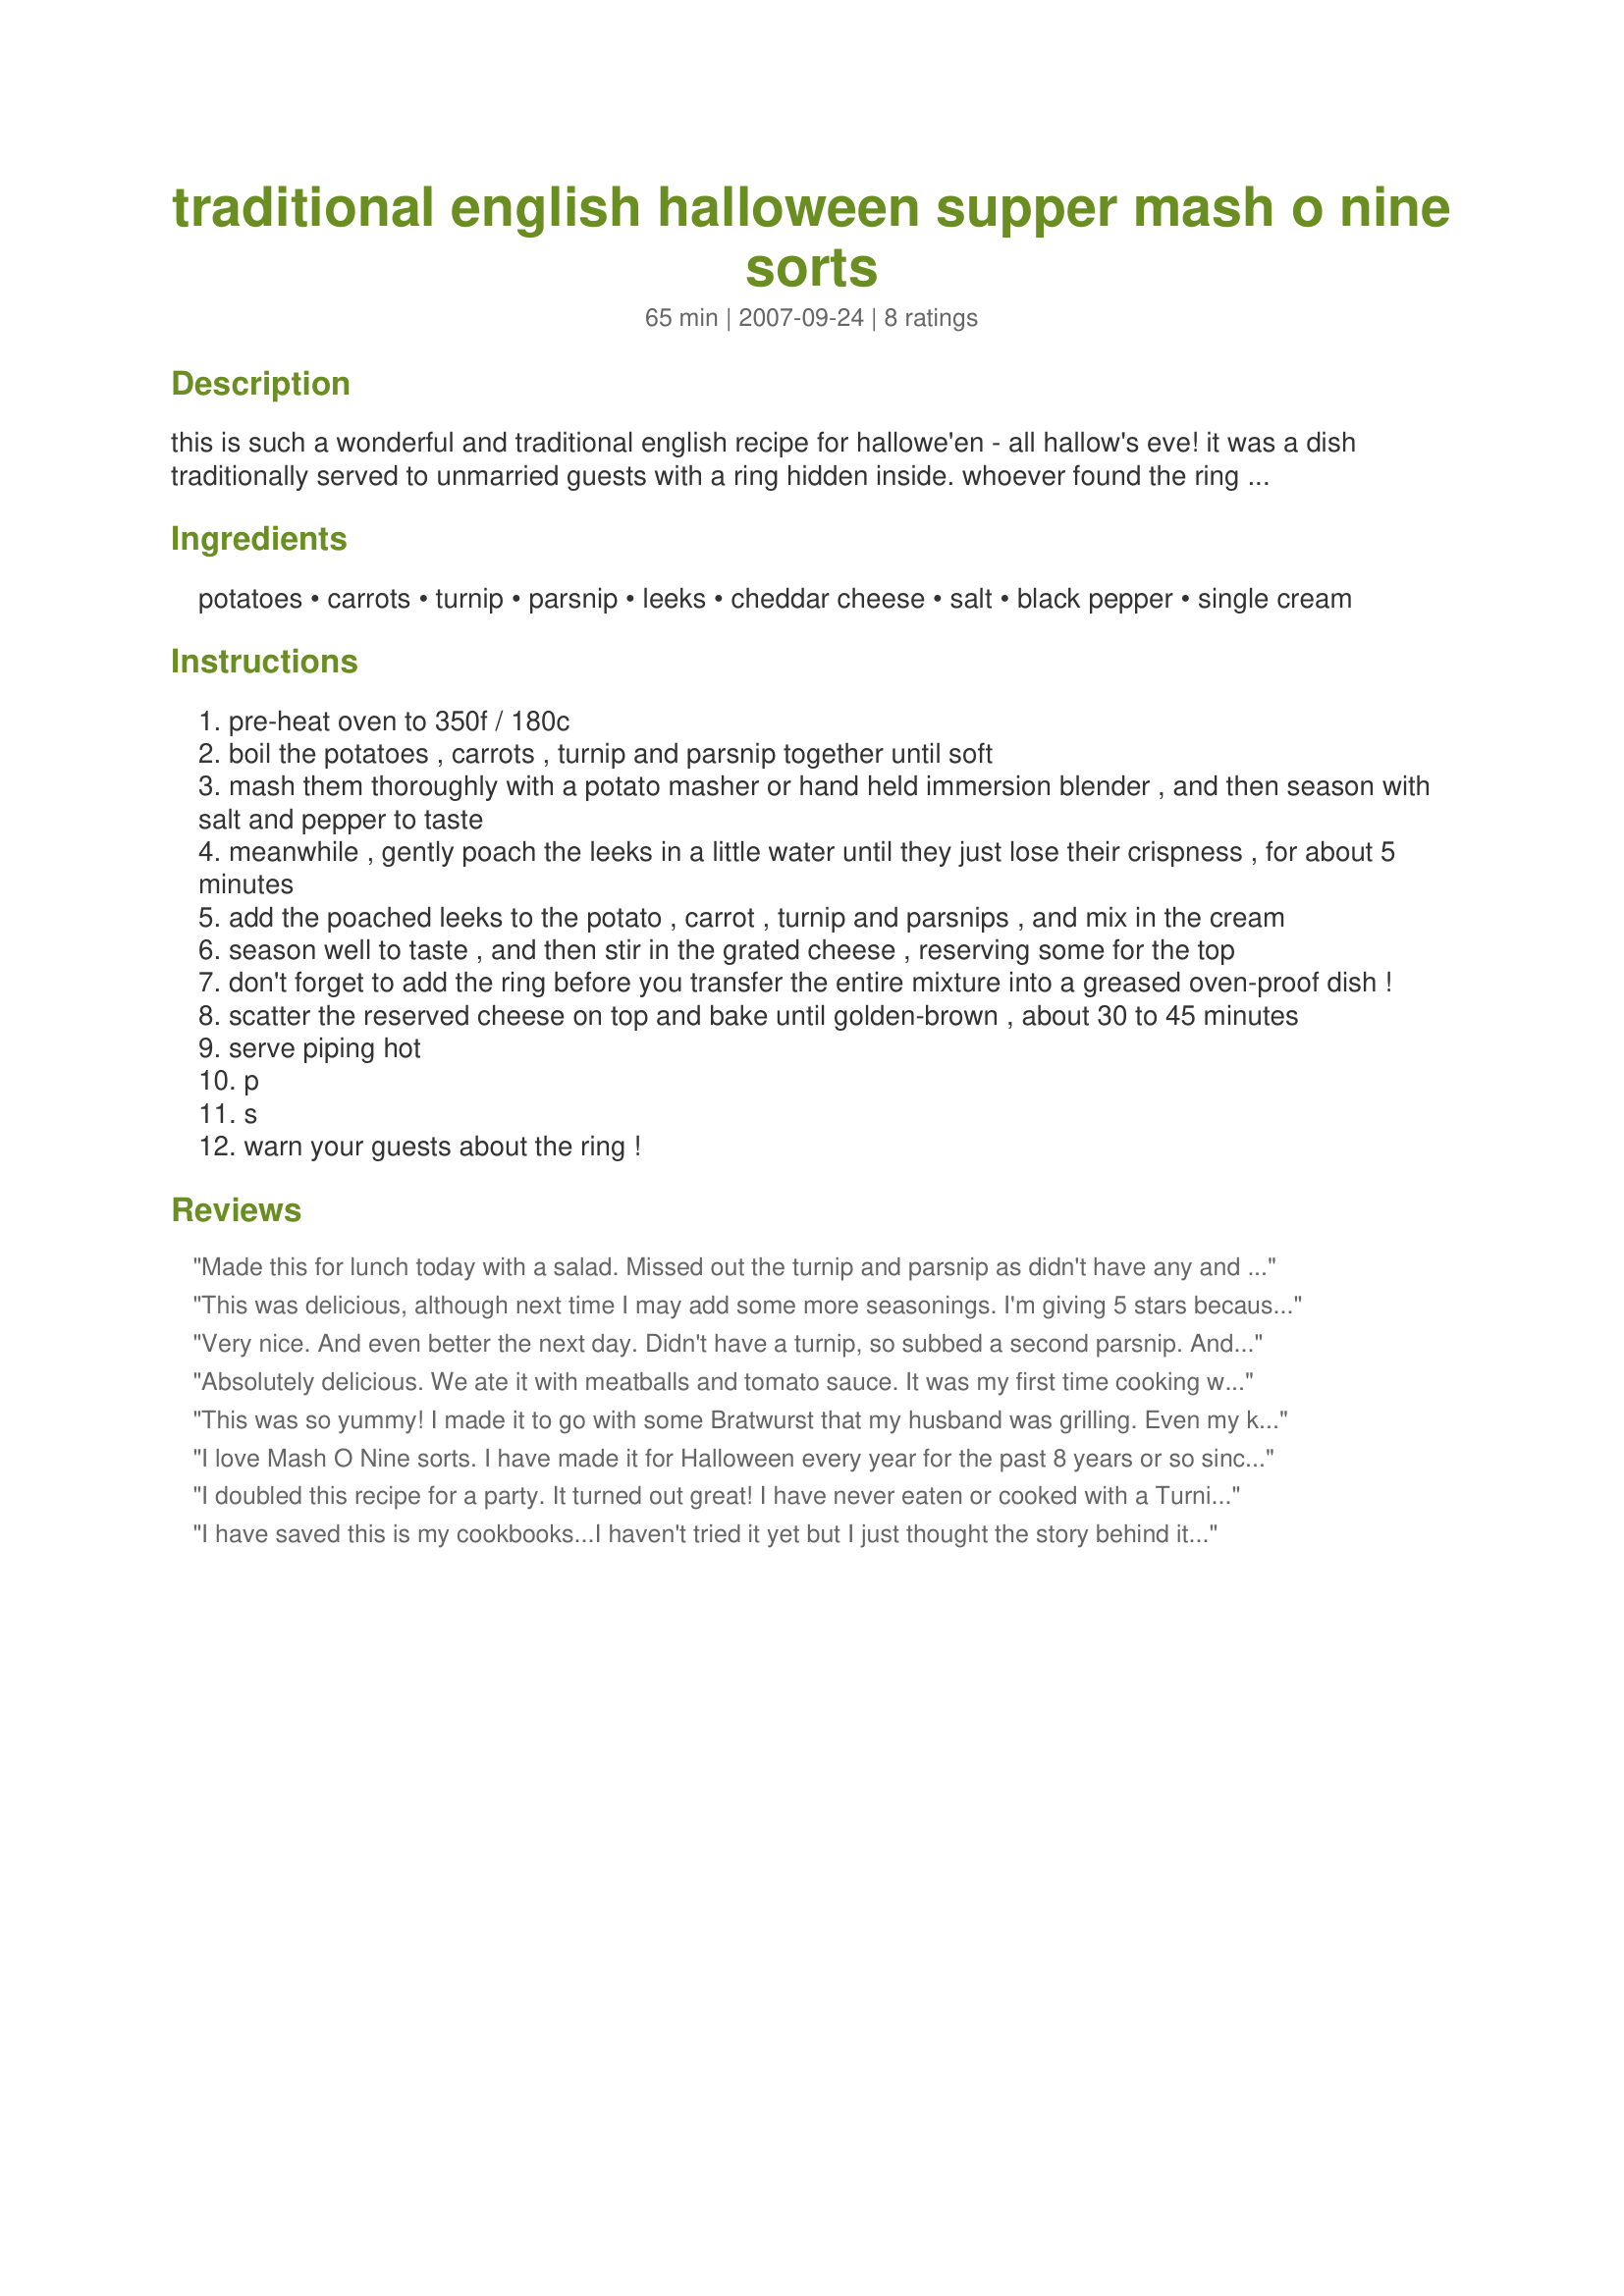
traditional english halloween supper mash o nine sorts
Preparation time: 65 minutes

this is such a wonderful and traditional english recipe for hallowe'en - all hallow's eve! it was a dish traditionally served to unmarried guests with a ring hidden inside. whoever found the ring would be the next one to be married! this delicious mashed potato has nine ingredients in it - hence its name. serve it as a supper dish by itself, or as an accompaniment to bangers/sausages, for a comforting autumn supper dish! for those whom may be interested, a brief history on the origins of hallowe'en: in ancient britain this date was the pre-christian eve of the new year and celtic harvest festival, when the souls of the dead were thought to revisit their homes to eat and drink. people left refreshments on the table and unlocked their doors before retiring for the night, then bells were rung, fires lit to guide the returning souls back to earth and animals were brought in for the winter. after hallowe'en became a christian festival, supernatural associations continued to thrive. it was believed that witches were abroad and that it was possible for certain people to perform magic and summon up spirits. hallowe'en was once a time for making mischief - many parts of england still recognise this date as mischief night - when children would knock on doors demanding a treat (trick or treat) and people would disguise themselves as witches, ghosts, kelpies and spunkies, in order to obtain food and money from nervous householders. in certain parts of england youths still play pranks on their neighbours by hiding garden ornaments, whitewashing walls and ringing doorbells in the dead of night.

Ingredients:
potatoes, carrots, turnip, parsnip, leeks, cheddar cheese, salt, black pepper, single cream

Steps:
pre-heat oven to 350f / 180c
boil the potatoes , carrots , turnip and parsnip together until soft
mash them thoroughly with a potato masher or hand held immersion blender , and then season with salt and pepper to taste
meanwhile , gently poach the leeks in a little water until they just lose their crispness , for about 5 minutes
add the poached leeks to the potato , carrot , turnip and parsnips , and mix in the cream
season well to taste , and then stir in the grated cheese , reserving some for the top
don't forget to add the ring before you transfer the entire mixture into a greased oven-proof dish !
scatter the reserved cheese on top and bake until golden-brown , about 30 to 45 minutes
serve piping hot
p
s
warn your guests about the ring !

Reviews:
Made this for lunch today with a salad. Missed out the turnip and parsnip as didn't have any and roughly halved the recipe. It still tasted really good, the whole family really enjoyed it! Will definitely make this again, and look forward to adding parsips and turnips when they come into season :-9
This was delicious, although next time I may add some more seasonings. I'm giving 5 stars because the next day we reheated the leftovers and added bacon, cream, and broth for a wonderful soup. We rarely eat leftovers, so getting two meals out of this was awesome. I am putting in my Favorites. Thank you!
Very nice. And even better the next day. Didn't have a turnip, so subbed a second parsnip. And subbed scallions for the leek. Easy, flexible, and pretty. thanks for sharing.
Absolutely delicious. We ate it with meatballs and tomato sauce. It was my first time cooking with either turnips or parsnips, and I was greatly pleased with the results.
This was so yummy! I made it to go with some Bratwurst that my husband was grilling. Even my kids loved it (5 and 3) I would say it could easily serve 6 people, because we ended up with some leftovers. Thanks for posting such an awesome and easy recipe!
I love Mash O Nine sorts. I have made it for Halloween every year for the past 8 years or so since I learned about it. &lt;br/&gt;&lt;br/&gt;I will say there are a couple variations on this recipe that enjoy. Rather than Cheddar, some variations call for peas, added in after the mashing of the other ingredients. This version doesn&#039;t call for any additional baking. Nice sweet frozen peas work well unless you&#039;ve got access to fresh ones, but don&#039;t use ones in pods. It throws off the texture of the dish too much. I enjoy this version of the recipe much more because I think that the cheddar clashes a bit with the sweet vegetable tastes. Either you use too mild a cheddar and you can&#039;t really taste it, or you use a sharper one and it masks some of the veggie flavors. I have tried both versions more than once but now I stick with the peas instead of cheese.&lt;br/&gt;&lt;br/&gt;Also, I don&#039;t peel any of my vegetables except for the parsnips. I prefer the texture of the skins from the potatoes (I use gold ones) and turnips. It gives a little something to chew on. I am notoriously bored by mushy foods after a few bites if there isn&#039;t something to alter the texture just a bit. &lt;br/&gt;&lt;br/&gt;Great recipe though. The proportions are just right. I love having this on Halloween!
I doubled this recipe for a party. It turned out great! I have never eaten or cooked with a Turnip or Parsnip they're both very interesting veggies. The Parsnip reminded me of a spicy carrot and the Turnip reminded me of a mix between an onion and a carrot it even made my eyes water when I peeled it!! I couldn't figure out why it tasted like it had butter in it when I tasted it at the only veggies stage. We decided it was the Turnip giving it that taste! Wow! Very Nice thank you :-):update: I took this and made patties then fried them until crispy in hot oil. Wow! Make extra you're going to want to do it too.
I have saved this is my cookbooks...I haven't tried it yet but I just thought the story behind it and you taking the time to share it made me want to try it even more than just how good it sounds!!
